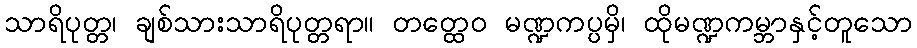
သာရိပုတ္တ၊ ချစ်သားသာရိပုတ္တရာ။ တတ္ထေဝ မဏ္ဍကပ္ပမှိ၊ ထိုမဏ္ဍကမ္ဘာနှင့်တူသော